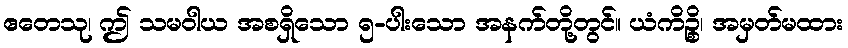
ဧတေသု၊ ဤ သမဝါယ အစရှိသော ၅-ပါးသော အနက်တို့တွင်။ ယံကိဉ္စိ၊ အမှတ်မထား